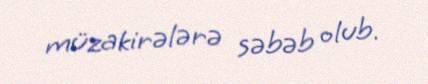
müzakirələrə səbəb olub.